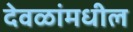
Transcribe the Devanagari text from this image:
देवळांमधील